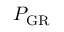
P _ { \mathrm { G R } }